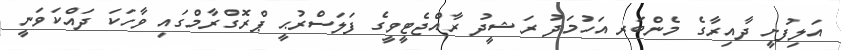
އަލިފުށީ ދާއިރާގެ މެންބަރ އަހުމަދު ރަޝީދު ރާއްޖެޓީވީގެ ފަލަސްރުޙީ ޕްރޮގްރާމްގައި ވާހަކަ ދައްކަވަނީ